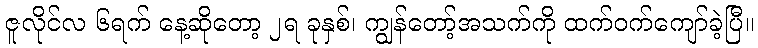
ဇူလိုင်လ ၆ရက် နေ့ဆိုတော့ ၂ရ ခုနှစ်၊ ကျွန်တော့်အသက်ကို ထက်ဝက်ကျော်ခဲ့ပြီ။